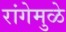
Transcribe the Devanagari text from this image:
रांगेमुळे